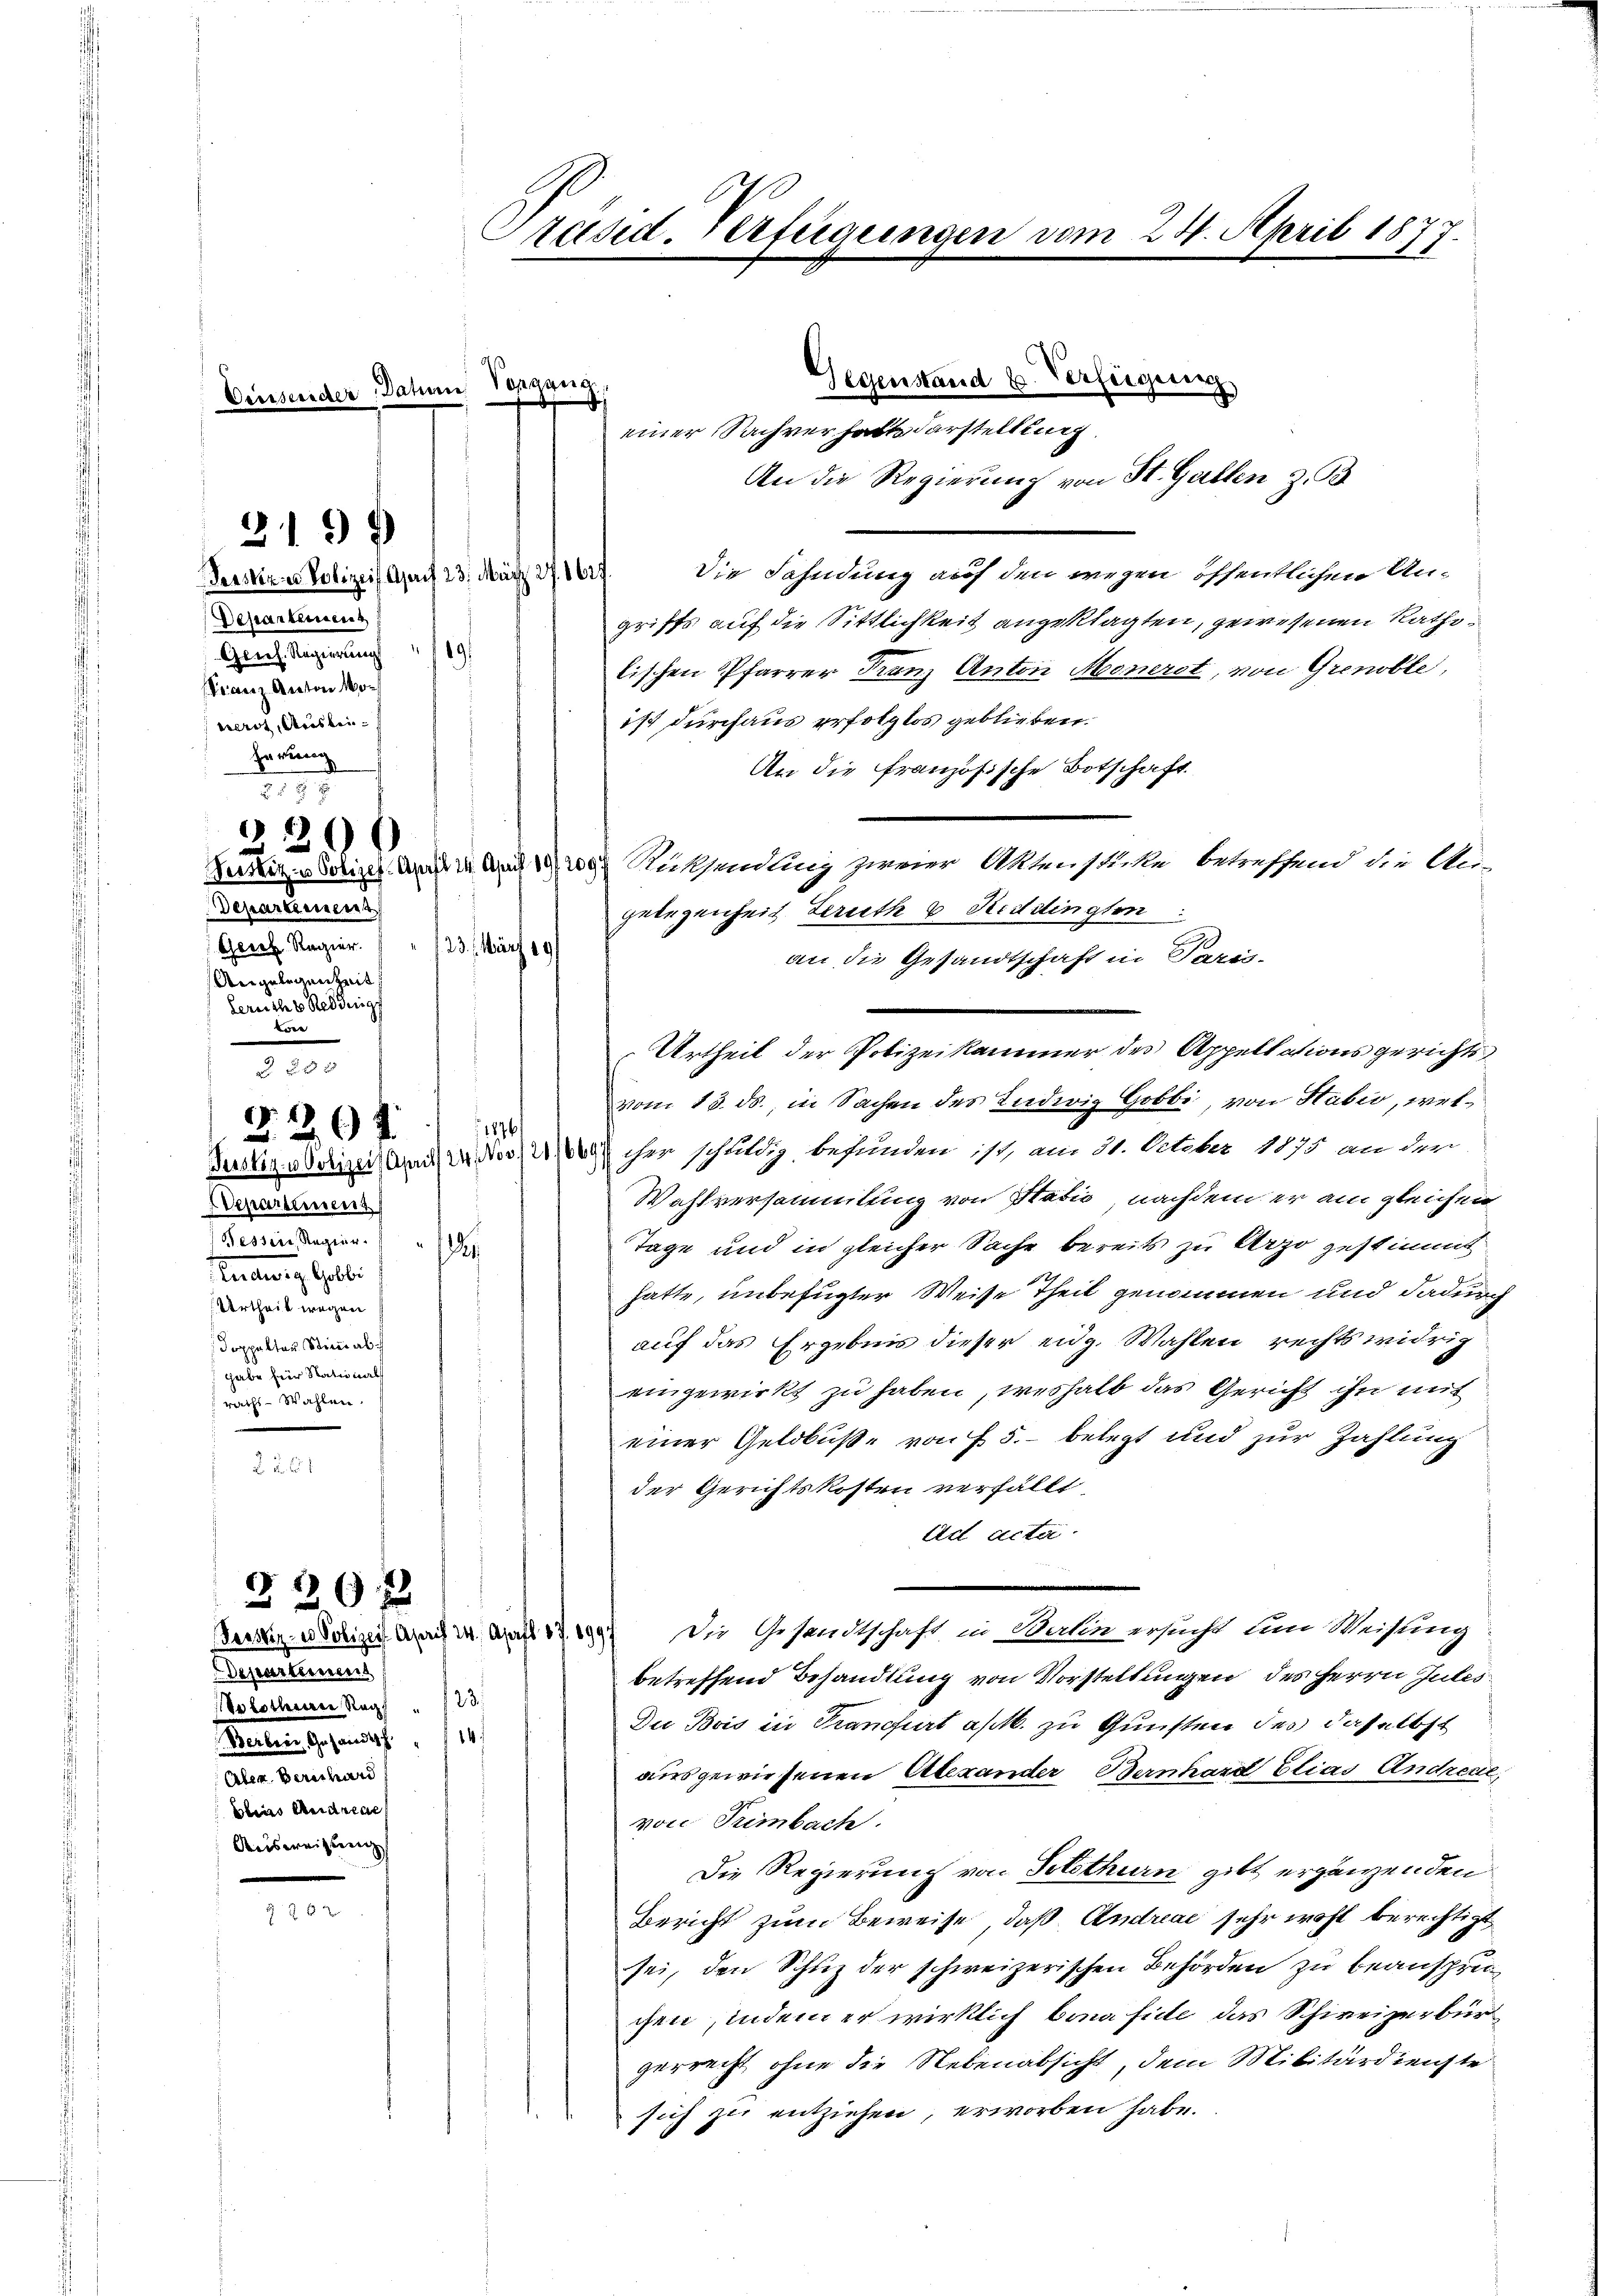
Dessender Dahin Voranna

Beeskere Polizeit April 23. März 27. 1627.
Departeinen
Gerich. Regierung 1891
Franz Anton Moverit, Ausbei¬
Errung
2
Departement
Gerl. Regier.   "  /23. März 19
Angelegenheit
Serriche Bedings
e
 f 0 x
.
204
Departement
Hessere, Regier.
endung Geli
Urtheil wegen
doppelten Stimmal
gabe hier Nationals
raths-Wahlen.
. 2. 61

3199

200

Die Fahndung auf den wegen öffentlichen Ungriffs auf die Sittlichkeit angeklagten, gewesenen Rathslischen Pfarrer Franz Anton Monerst, von Grenoble,
ist durchaus erfolglos geblieben.
An die französische Botschaft
Seiten obiger auch in der Rücksendling zweier Akten sticke betreffend die An-
gelegenheit Serieth u Kiddingten
an die Gesandtschaft in Paris-
Urtheil der Polizeikammer des Appellationsgerichts
vom 15. ds., in Sachen des Indwig Gobbi, von Sabić, wel¬
1876
Justiz u Solizei Auch vorher schuldig befunden ist, am 31. October 1875 an der
Wahlversammlung von Statis nachdem er am gleichen
Tage und in gleicher Sache bereits zu Arzo gestimmt
.
hatte, unbefügter Weise Theil genommen und dadurch
auf das Ergebnis dieser eidg. Wahlen rechts widrig
eingewirkt zu haben, weshalb das Gericht ihn mit
einer Geldbuße von f. 5. belegt und zur Zahlung
der Gerichtskosten verfällt,
Ad acta
Die Gesandtschaft in Berlin ersucht um Weisung
Pessig- es Polizeit April 24. April 17. 899.
betreffend Behandlung von Vorstellungen des Herrn Gutes
Du Bois in Tranchert a/M. zu Gunsten des dasselbst
14
ausgewiesenen Alexander Bernhard Elias Andreue,
von Trimbach.
Die Regierung von Solothurn gibt ergänzenden
Bericht zum Beweise, daß Andreae sehr wohl berechtigt
sei, den Schuz der schweizerischen Behörden zu beanspruchen sindem er wirklich bona fide das Schweizerbürgerrecht ohne die Nebenabsicht, dem Militärdienste
sich zu entziehen, erworben habe.

5 30 x

Departement
hothenen Rag 23.
Berbrei Gesandtsch.
Aber Berechard
blias Andreae
Ausweisung

2 x

Fe
Präsid. Verfügungen vom 24. April 1877.

Gegenstand u. Verfügung
einer Sachverhalt darstellung
An die Regierung von St. Gallen z. B.